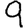
Digit: 9